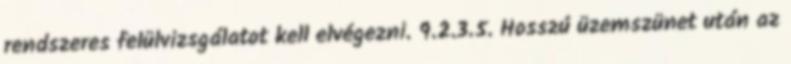
rendszeres felülvizsgálatot kell elvégezni. 9.2.3.5. Hosszú üzemszünet után az